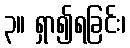
၃။ ရှာ၍ရခြင်း၊